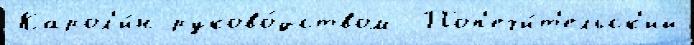
Карол'и́н руково́дством  Поп'ечи́т'ельск'ий